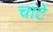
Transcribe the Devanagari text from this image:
चांटे